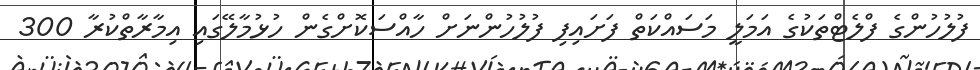
ފުލުހުންގެ ފްލެޓްތަކުގެ އަމަލީ މަސައްކަތް ފަށައިފި ފުލުހުންނަށް ހާއްސަކޮށްގެން ހުޅުމާލޭގައި އިމާރާތްކުރާ 300